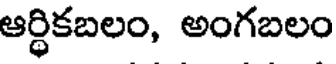
ఆర్థికబలం, అంగబలం